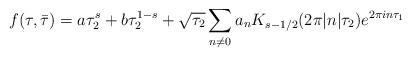
LaTeX: \begin{align*}f(\tau,\bar\tau) = a \tau_2^s + b \tau_2^{1-s} + \sqrt{\tau_2} \sum_{n\ne 0} a_n K_{s-1/2}(2\pi|n|\tau_2) e^{2\pi i n \tau_1}\end{align*}